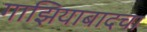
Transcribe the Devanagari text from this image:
गाझियाबादचा